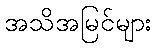
အသိအမြင်များ